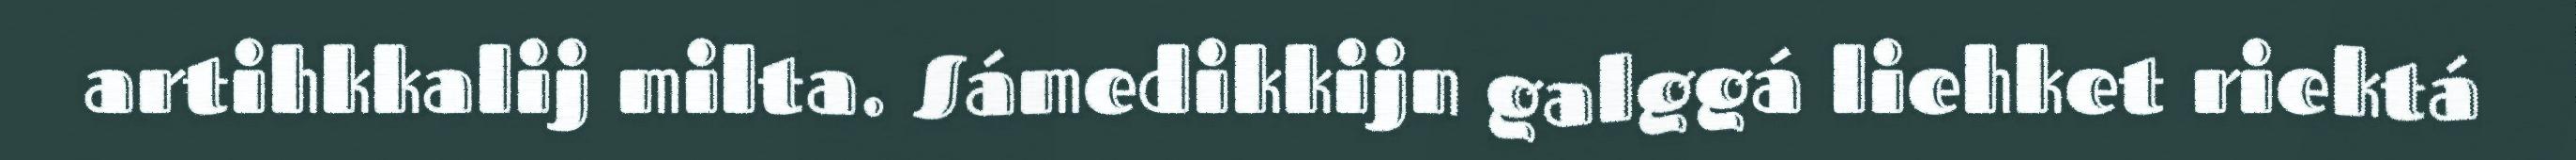
artihkkalij milta. Sámedikkijn galggá liehket riektá